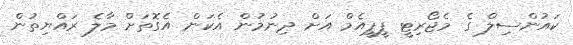
ކައުންސިލް ގެ މެޖޯރިޓީ ޕީޕީއެމް އަށް ދިނުމުން އެކަން އެގޮތަށް މާލެ ރައްޔިތުން